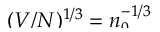
\smash { ( V / N ) ^ { 1 / 3 } = n _ { 0 } ^ { - 1 / 3 } }